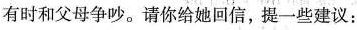
有时和父母争吵。请你给她回信，提一些建议：